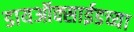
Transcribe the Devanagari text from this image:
डायऑक्साईडच्या